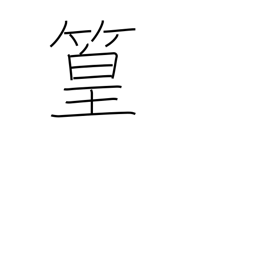
Meaning: bamboo grove